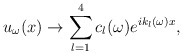
\begin{align*}u_\omega(x)\rightarrow\sum_{l=1}^{4} c_{l}(\omega) e^{ik_l(\omega)x},\end{align*}